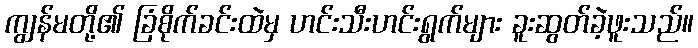
ကျွန်မတို့၏ ခြံစိုက်ခင်းထဲမှ ဟင်းသီးဟင်းရွက်များ ခူးဆွတ်ခဲ့ဖူးသည်။